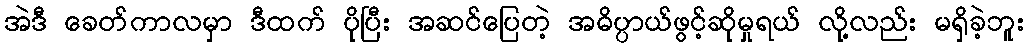
အဲဒီ ခေတ်ကာလမှာ ဒီထက် ပိုပြီး အဆင်ပြေတဲ့ အဓိပ္ပာယ်ဖွင့်ဆိုမှုရယ် လို့လည်း မရှိခဲ့ဘူး